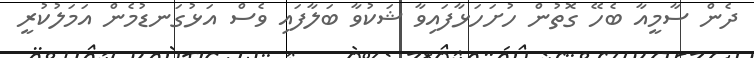
ދެން ސާމީއާ ބެހޭ ގޮތުން ހުށަހަޅާފައިވާ ޝަކުވާ ބަލާފައި ވެސް އަޅުގަނޑުމެން އަމަލުކުރީ